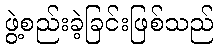
ဖွဲ့စည်းခဲ့ခြင်းဖြစ်သည်